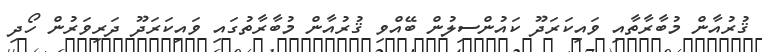
ޤުރުއާން މުބާރާތާއި ވައިކަރަދޫ ކައުންސިލުން ބޭއްވި ޤުރުއާން މުބާރާތުގައި ވައިކަރަދޫ ދަރިވަރުން ހޯދި